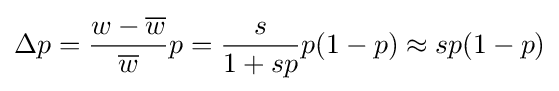
\Delta p={\frac {w-{\overline {w}}}{\overline {w}}}p={\frac {s}{1+sp}}p(1-p)\approx sp(1-p)